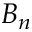
B _ { n }